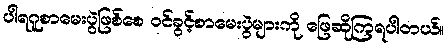
ပါရဂူစာမေးပွဲဖြစ်စေ ဝင်ခွင့်စာမေးပွဲများကို ဖြေဆိုကြရပါတယ်။